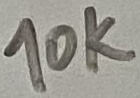
Text: 10K